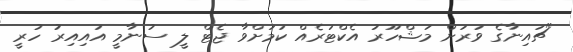
"ޗައިނާގެ ވަރަށް މަޝްހޫރު އެކްޓަރެއް ކަމަށްވާ ޖެޓް ލީ ސުނާމީ އައިއިރު ހުރީ